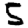
Digit: 5